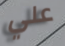
علي